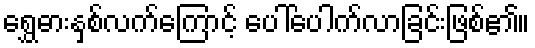
ရွှေဓားနှစ်လက်ကြောင့် ပေါ်ပေါက်လာခြင်းဖြစ်၏။